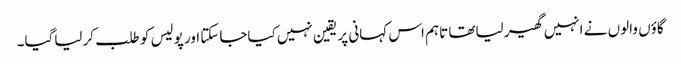
گاؤں والوں نے انہیں گھیر لیاتھا تاہم اس کہانی پر یقین نہیں کیاجاسکتا اور پولیس کو طلب کرلیاگیا۔